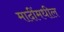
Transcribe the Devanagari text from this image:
मादींमधील